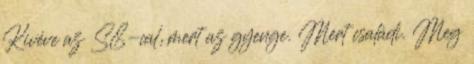
Kivéve az S8-cal, mert az gyenge. Mert családi. Meg